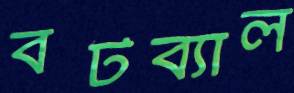
বটব্যাল